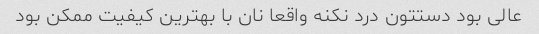
عالی بود دستتون درد نکنه واقعا نان با بهترین کیفیت ممکن بود